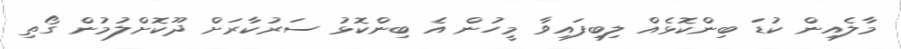
މާލެއިން ކުޑަ ބިންކޮޅެއް ލިބިފައިވާ މީހުން އެ ބިންކޮޅު ސަރުކާރަށް ދޫކޮށްލުމުން ގޯތި